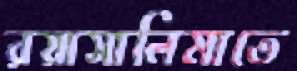
রয়াসালিমাতে